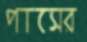
পাসের